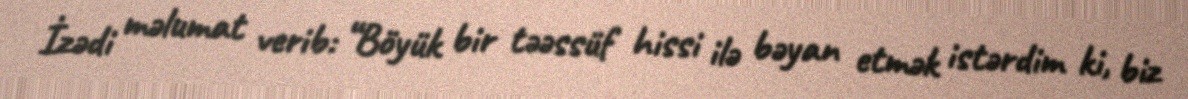
İzədi məlumat verib: “Böyük bir təəssüf hissi ilə bəyan etmək istərdim ki, biz